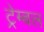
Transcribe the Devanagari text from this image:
ट्रेम्बल